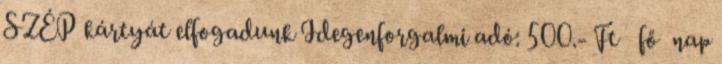
SZÉP kártyát elfogadunk Idegenforgalmi adó: 500.- Ft fő nap